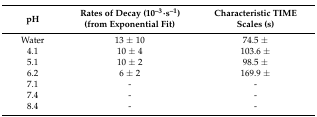
<table><thead><tr><td><b>pH</b></td><td><b>Rates of Decay (10<sup>–3</sup>·s<sup>–1</sup>) (from Exponential Fit)</b></td><td><b>Characteristic TIME Scales (s)</b></td></tr></thead><tbody><tr><td>Water</td><td>13 ± 10</td><td>74.5 ±</td></tr><tr><td>4.1</td><td>10 ± 4</td><td>103.6 ±</td></tr><tr><td>5.1</td><td>10 ± 2</td><td>98.5 ±</td></tr><tr><td>6.2</td><td>6 ± 2</td><td>169.9 ±</td></tr><tr><td>7.1</td><td>-</td><td>-</td></tr><tr><td>7.4</td><td>-</td><td>-</td></tr><tr><td>8.4</td><td>-</td><td>-</td></tr></tbody></table>